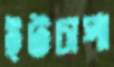
ইটচাপা